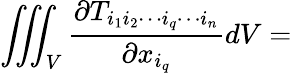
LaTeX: \iiint_{V}{\frac{\partial T_{i_{1}i_{2}\cdots i_{q}\cdots i_{n}}}{\partial x_{i_{q}}}}dV=